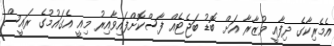
އެމެރިކާގެ ދިފާއީ ވުޒާރާ އަށް ބޮޑު ބަޖެޓެއް ފާސްކޮށްފައިވާއިރު މިއީ އެގައުމުގެ ރައީސް